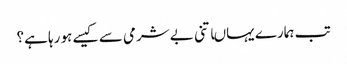
تب ہمارے یہاںاتنی بے شرمی سے کیسے ہو رہا ہے؟